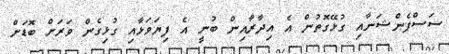
ސަސްޕެންޝަނާއި ގުޅޭގޮތުން އެ އިދާރާއިން ބުނީ އެ ފިޔަވަޅާއި ގުޅިގެން ވަރަށް ބޮޑަށް